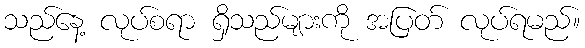
သည်နေ့ လုပ်စရာ ရှိသည်များကို အပြတ် လုပ်ရမည်။